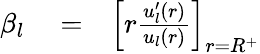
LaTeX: \begin{array}{rlr}{\beta_{l}}&{{}=}&{\left[r\frac{u_{l}^{\prime}(r)}{u_{l}(r)}\right]_{r=R^{+}}}\end{array}